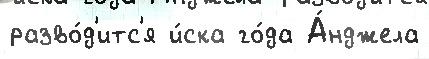
разво́д'итс'я и́ска го́да А́нджела